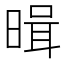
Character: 𭦱